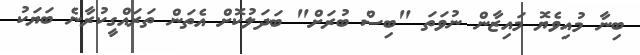
ބިނާ މުއިވެޔޮ މައިޒާން ނުވަތަ "ބިސް ބުރަށް" ބަދަލުކޮށް އެތަން ތަރައްގީކުރާނެ ބަޔަކު